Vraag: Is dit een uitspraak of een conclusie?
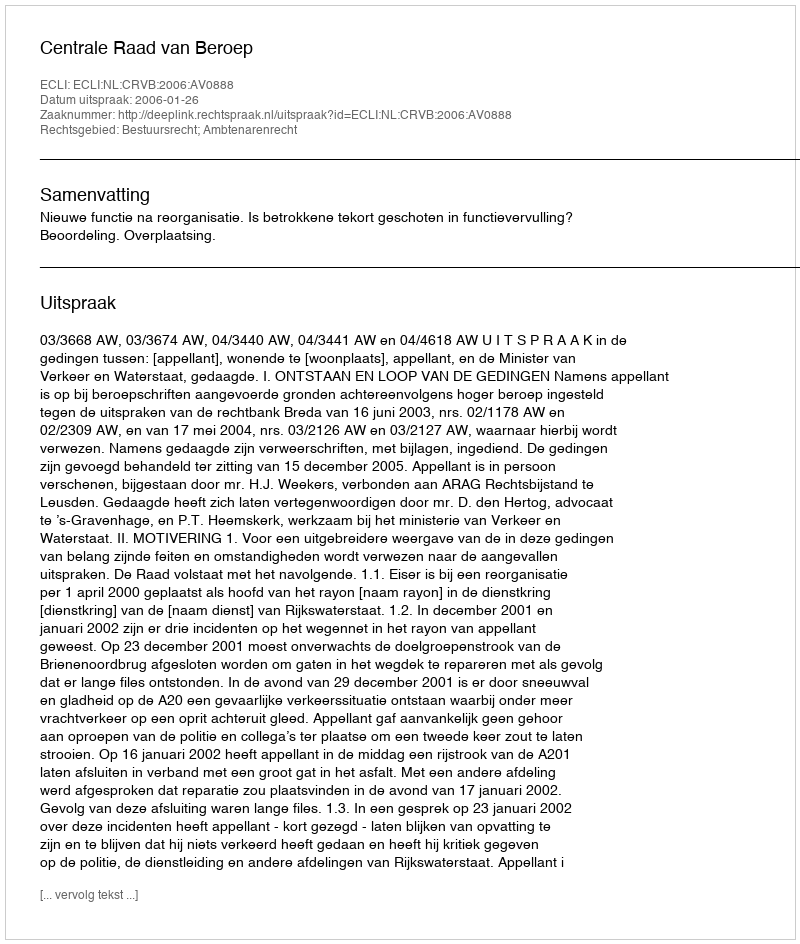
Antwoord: Uitspraak